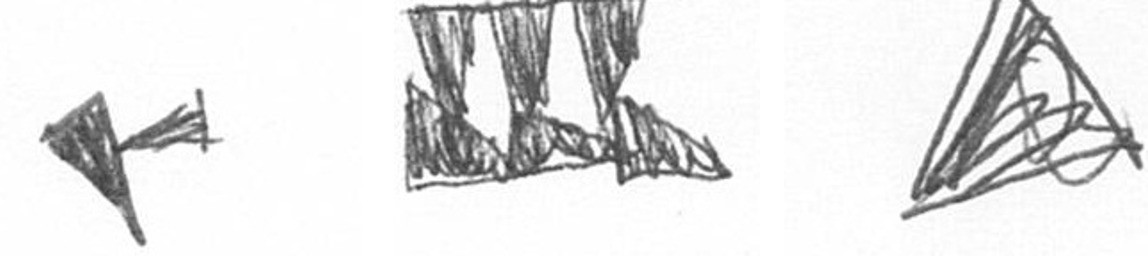
F D O